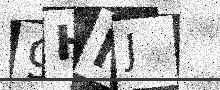
Text: 9HNJ